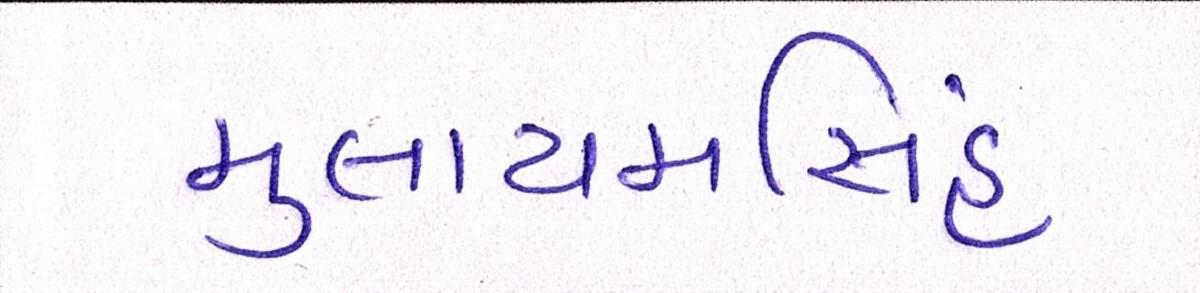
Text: મુલાયમસિંહ